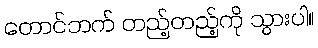
တောင်ဘက် တည့်တည့်ကို သွားပါ။